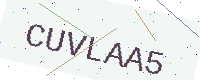
Text: CUVLAA5